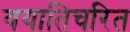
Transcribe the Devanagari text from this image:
ययातिचरित